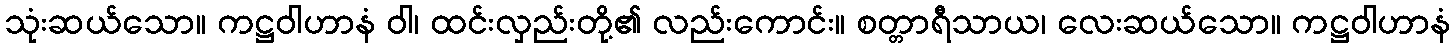
သုံးဆယ်သော။ ကဋ္ဌဝါဟာနံ ဝါ၊ ထင်းလှည်းတို့၏ လည်းကောင်း။ စတ္တာရီသာယ၊ လေးဆယ်သော။ ကဋ္ဌဝါဟာနံ